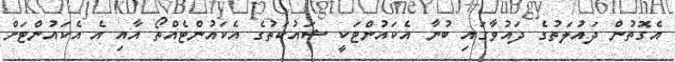
އެގޮތުން ދައުލަތުގެ ދައުވާގައި ބުނާ އެކައުންޓަކީ ޝައުކަތުގެ އެކައުންޓެއްތޯ އާއި އެ އެކައުންޓަށް